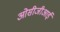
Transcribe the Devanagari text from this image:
ओसीजीआई